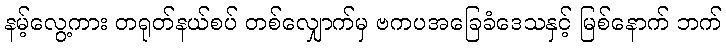
နမ့်လွေ့ကား တရုတ်နယ်စပ် တစ်လျှောက်မှ ဗကပအခြေခံဒေသနှင့် မြစ်နောက် ဘက်